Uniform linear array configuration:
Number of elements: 12
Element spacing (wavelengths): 1
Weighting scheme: uniform
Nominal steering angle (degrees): -15
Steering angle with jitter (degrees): -13.473
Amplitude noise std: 0.05
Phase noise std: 0.05

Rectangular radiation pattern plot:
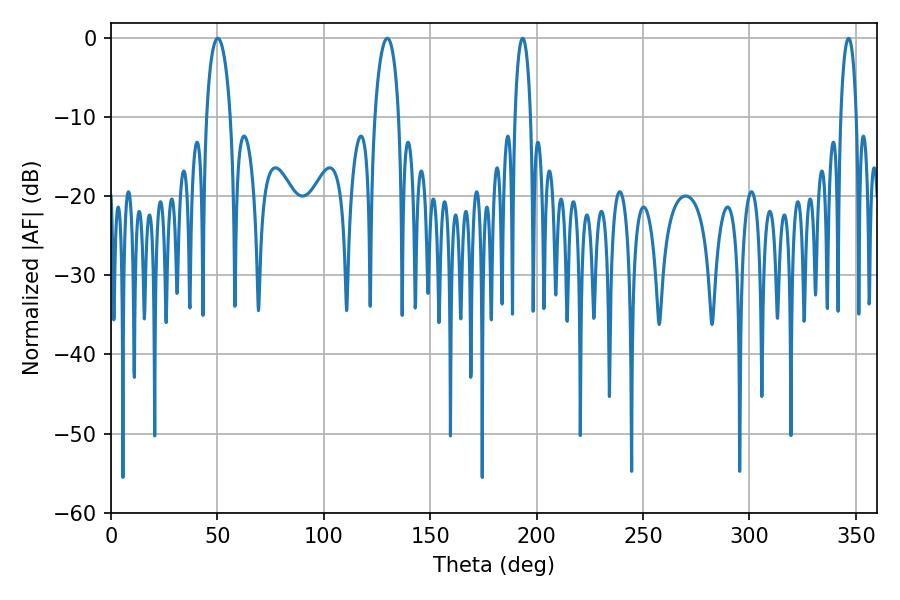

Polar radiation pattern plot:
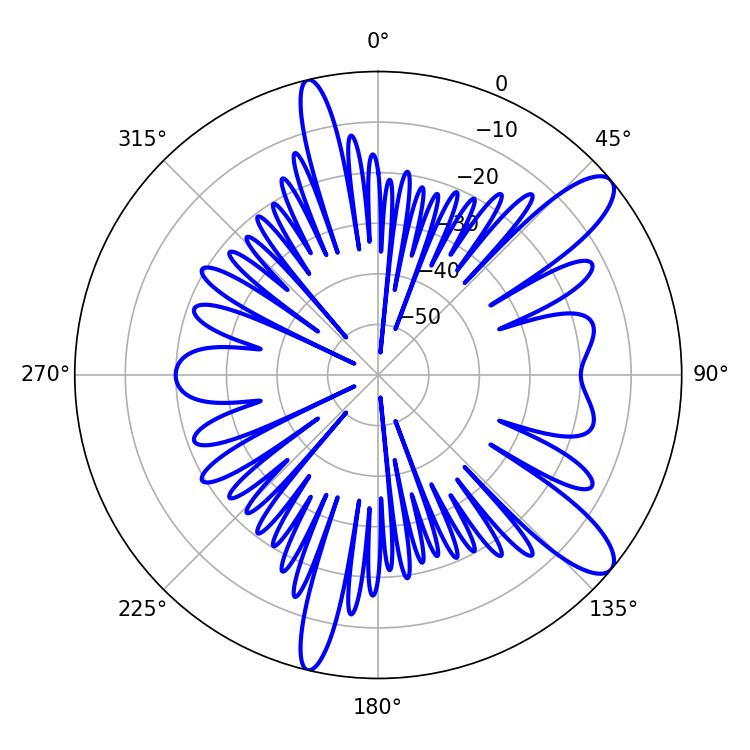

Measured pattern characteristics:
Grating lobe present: TRUE
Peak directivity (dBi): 10.954
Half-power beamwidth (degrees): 6.48
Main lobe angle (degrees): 50.22